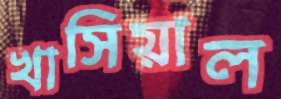
খাসিয়াল